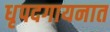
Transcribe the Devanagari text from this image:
धृपदगायनात